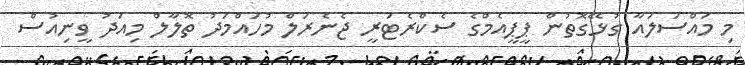
މި މައްސަލައާ ގުޅޭގޮތުން ޕީޕީއެމްގެ ސެކްރެޓަރީ ޖެނެރަލް މުހައްމަދު ތޮލާލް މިއަދު ވީނިއުސް